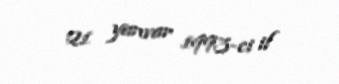
21 yanvar 1993-ci il